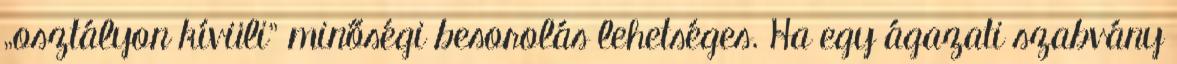
„osztályon kívüli” minőségi besorolás lehetséges. Ha egy ágazati szabvány